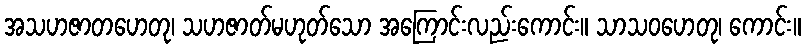
အသဟဇာတဟေတု၊ သဟဇာတ်မဟုတ်သော အကြောင်းလည်းကောင်း။ သာသဝဟေတု၊ ကောင်း။